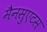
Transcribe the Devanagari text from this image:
मैनसुएटस